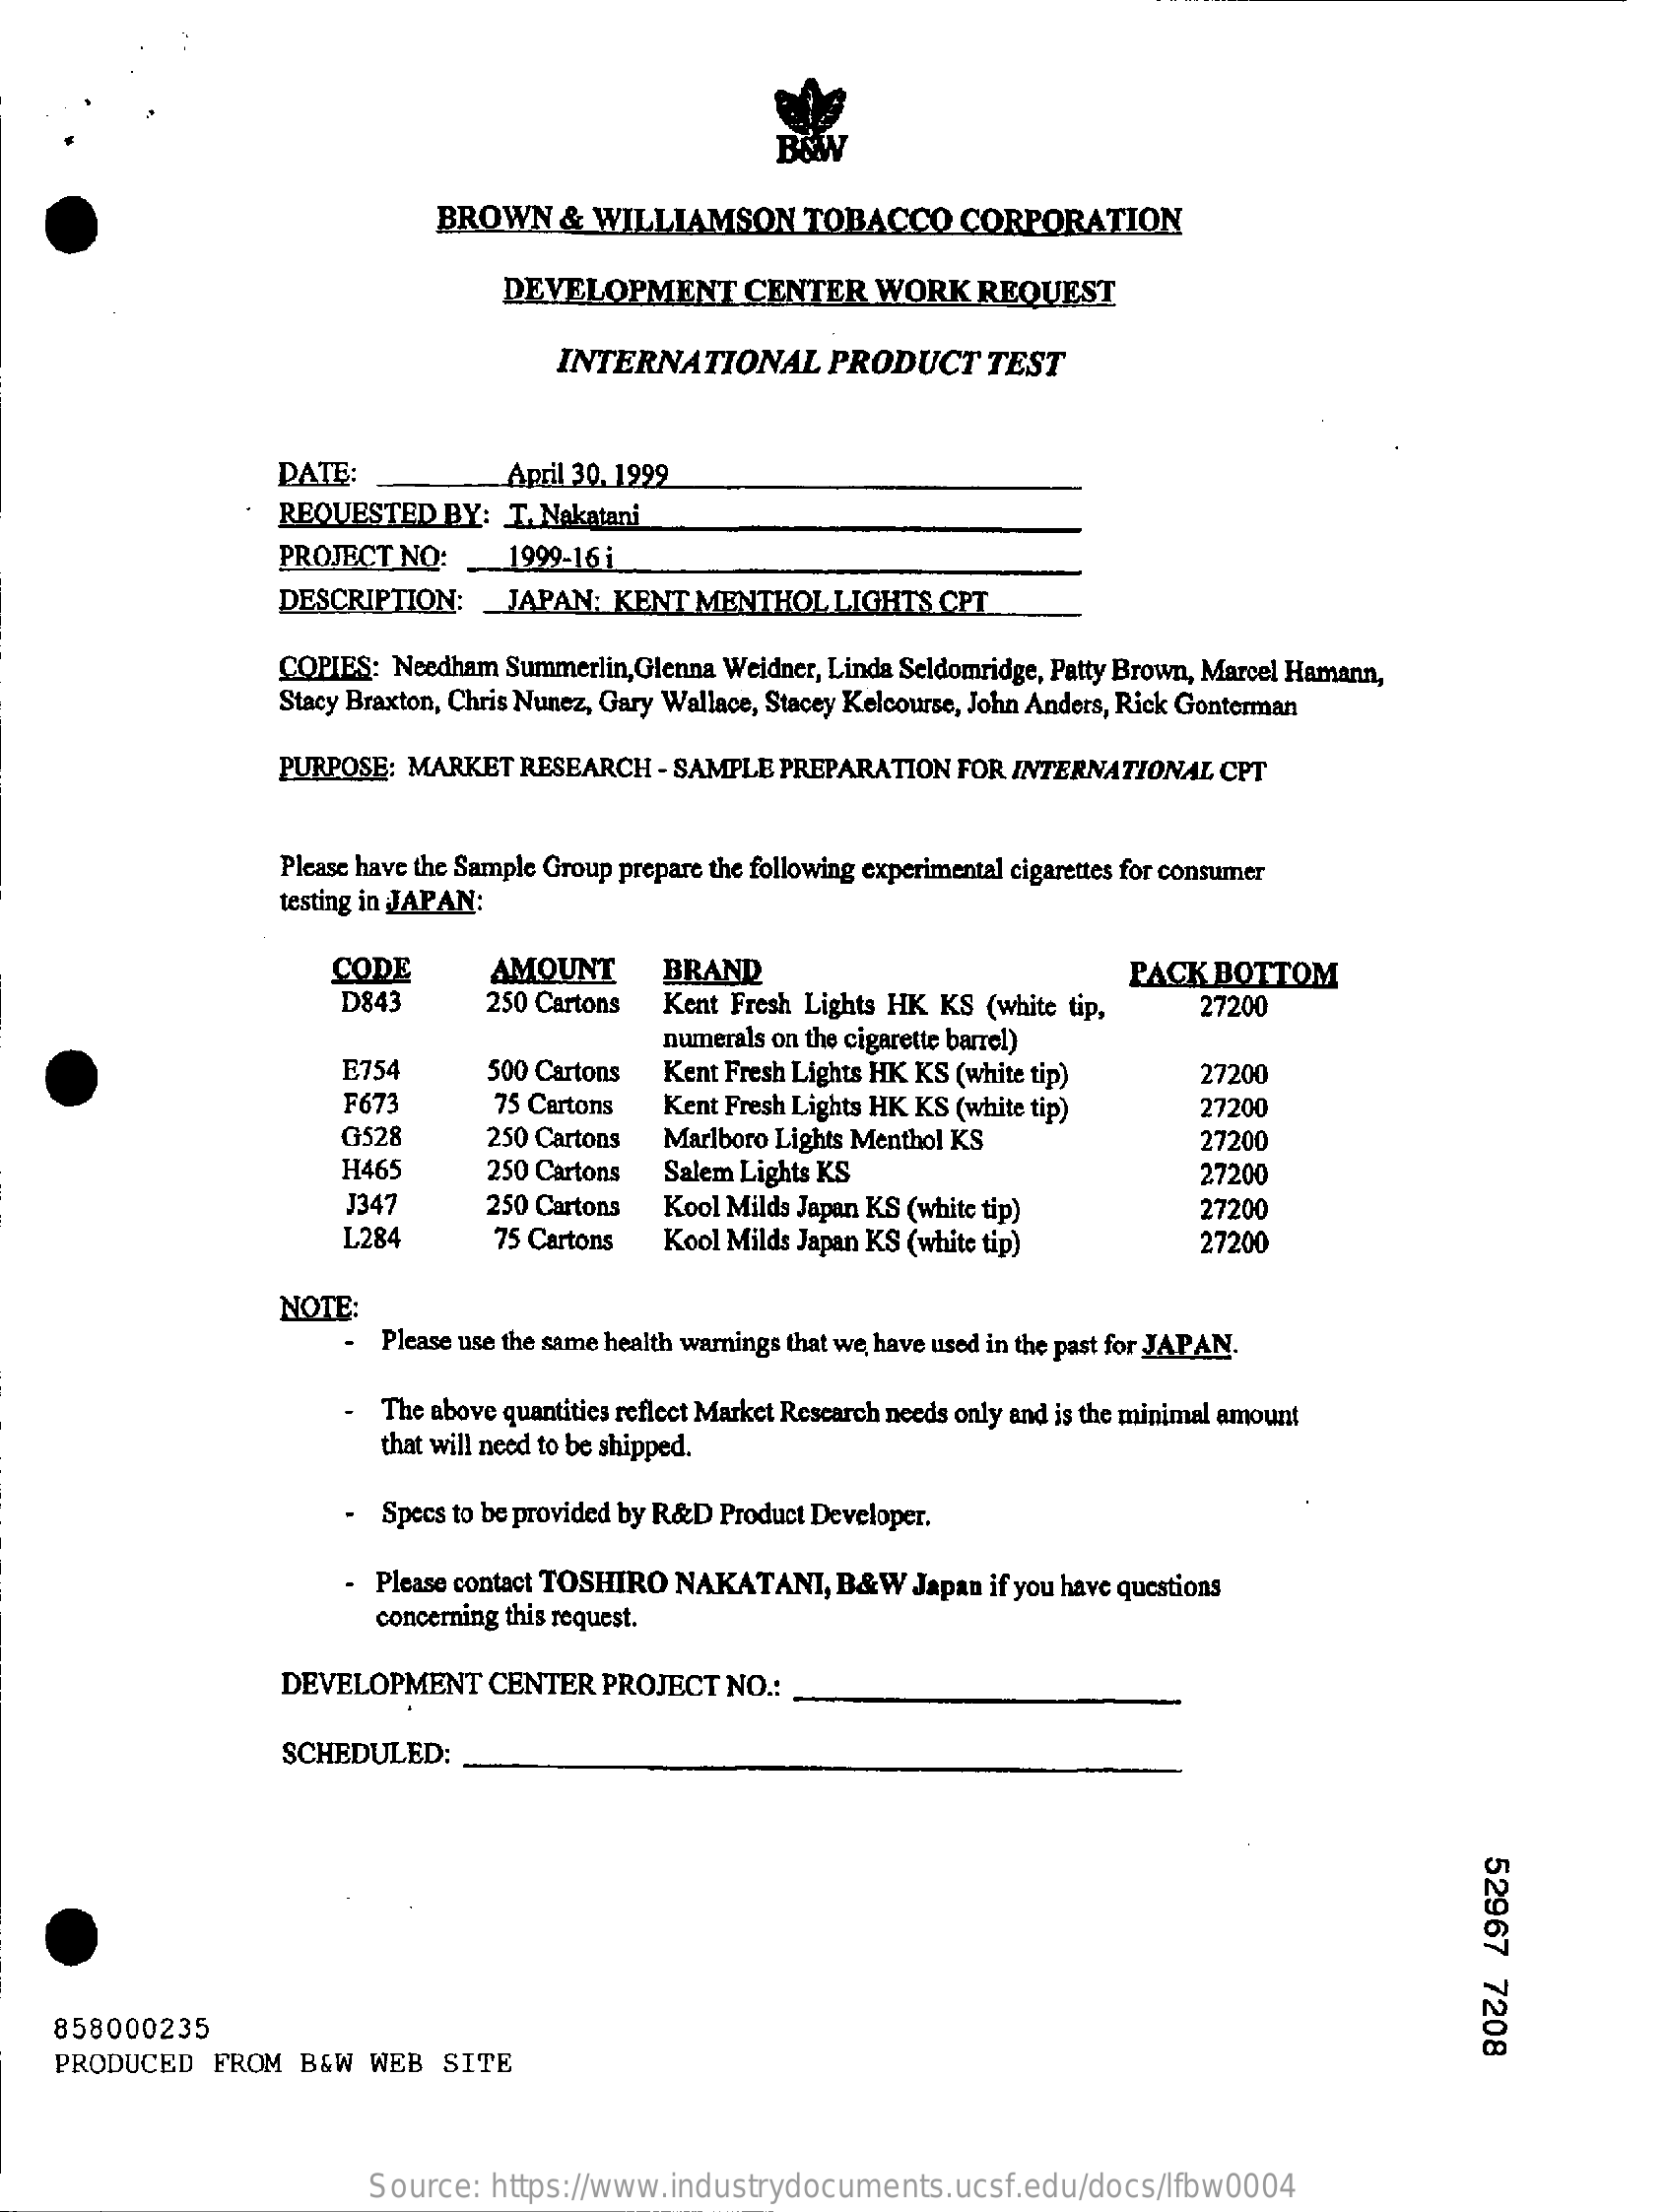
BROWN    & WILLIAMSON    TOBACCO    CORPORATION
     DEVELOPMENT    CENTER   WORK    REQUEST
     INTERNATIONAL    PRODUCT    TEST
     DATE:    April 30, 1999
     REQUESTED   BY: T. Nakatani
     PROJECT NO:    1999-161
     DESCRIPTION:    JAPAN:  KENT MENTHOL   LIGHTS  CPT
     COPIES: Needham Summerlin, Glenna Weidner, Linda Seldomridge, Patty Brown, Marcel Hamann,
     Stacy Braxton, Chris Nunez, Gary Wallace, Stacey Kelcourse, John Anders, Rick Gonterman
     PURPOSE: MARKET  RESEARCH  - SAMPLE PREPARATION FOR INTERNATIONAL  CPT
     Please have the Sample Group prepare the following experimental cigarettes for consumer
     testing in JAPAN:
     CODE    AMOUNT    BRAND    PACK  BOTTOM
     D843    250 Cartons Kent Fresh Lights HK KS (white tip,    27200
     numerals on the cigarette barrel)
     E754    500 Cartons Kent Fresh Lights HK KS (white tip)    27200
     F673    75 Cartons   Kent Fresh Lights HK KS (white tip)   27200
     G528    250 Cartons  Marlboro Lights Menthol KS    27200
     H465    250 Cartons  Salem Lights KS    27200
     J347    250 Cartons Kool Milds Japan KS (white tip)    27200
     L284    75 Cartons  Kool Milds Japan KS (white tip)    27200
     NOTE:
     Please use the same health warnings that we have used in the past for JAPAN.
     The above quantities reflect Market Research needs only and is the minimal amount
     that will need to be shipped.
     - Specs to be provided by R&D Product Developer.
     - Please contact TOSHIRO NAKATANI, B&W  Japan if you have questions
     concerning this request.
     DEVELOPMENT    CENTER  PROJECT  NO .:
     SCHEDULED:
     52967
     7208 858000235
    PRODUCED   FROM  B&W  WEB  SITE
     Source:  https://www.industrydocuments.ucsf.edu/docs/lfbw0004